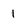
Character: 1